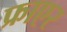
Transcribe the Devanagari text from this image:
फ्राएर